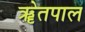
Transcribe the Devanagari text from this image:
ॠेतपाल